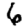
Digit: 6